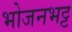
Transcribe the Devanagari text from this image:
भोजनभट्ट